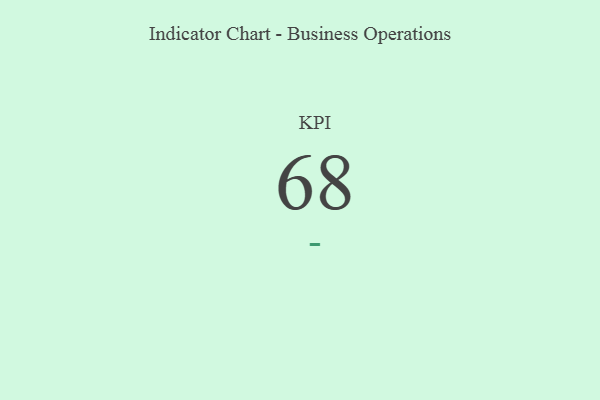
{"axis": {"x": "KPI", "y": "Value"}, "legend": [""], "data": [{"x": "KPI", "y": 68, "type": ""}]}